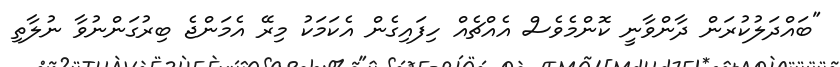
"ބައްދަލުކުރަން ދާންވާނީ ކޮންމެވެސް އެއްޗެއް ހިފައިގެން އެކަމަކު މިރޭ އެމަންޖެ ބިރުގަންނުވާ ނުލާތި